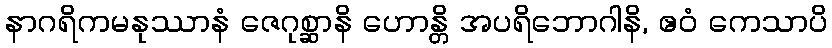
နာဂရိကမနုဿာနံ ဇေဂုစ္ဆာနိ ဟောန္တိ အပရိဘောဂါနိ, ဧဝံ ကေသာပိ